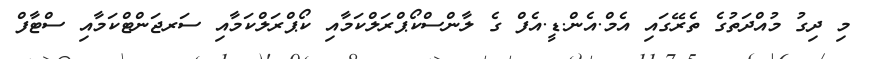
މި ދިގު މުއްދަތުގެ ތެރޭގައި އެމް.އެން.ޑީ.އެފް ގެ ލާންސްކޯޕްރަލްކަމާއި ކޯޕްރަލްކަމާއި ސަރޖަންޓްކަމާއި ސްޓާފް